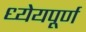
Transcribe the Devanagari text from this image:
ध्येयपूर्ण